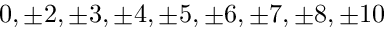
0 , \pm 2 , \pm 3 , \pm 4 , \pm 5 , \pm 6 , \pm 7 , \pm 8 , \pm 1 0 \